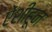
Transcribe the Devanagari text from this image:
ऐंशीहून